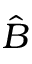
\hat { B }